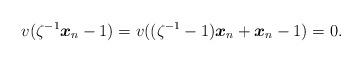
LaTeX: \begin{align*} v(\zeta^{-1}\boldsymbol{x}_n-1)=v((\zeta^{-1}-1)\boldsymbol{x}_n+\boldsymbol{x}_n-1)=0. \end{align*}